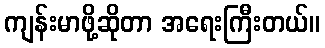
ကျန်းမာဖို့ဆိုတာ အရေးကြီးတယ်။